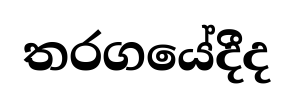
තරගයේදීද